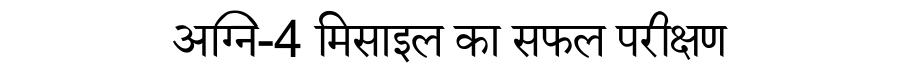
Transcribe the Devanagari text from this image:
अग्नि-4 मिसाइल का सफल परीक्षण